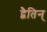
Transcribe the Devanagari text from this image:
द्वैतिन्